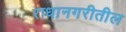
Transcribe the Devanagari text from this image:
राधानगरीतील